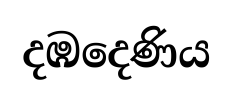
දඹදෙණිය